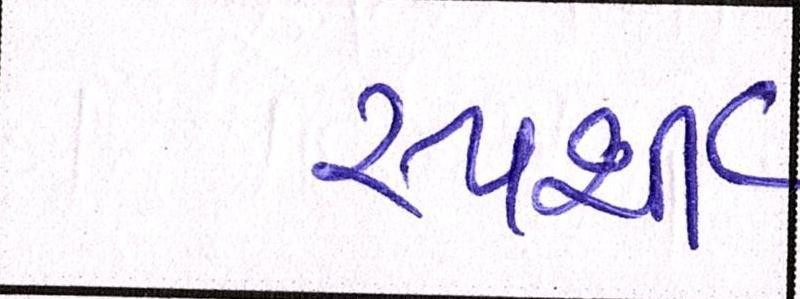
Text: સ્પર્શી